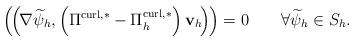
LaTeX: \begin{align*}\left(\kern-.1em\left(\kern-.1em\nabla\widetilde{\psi}_{h},\left( \Pi^{\operatorname*{curl},\ast}-\Pi_{h}^{\operatorname*{curl},\ast}\right) \mathbf{v}_{h}\kern-.1em\right)\kern-.1em\right) =0\qquad\forall\widetilde{\psi}_{h}\in S_{h}. \end{align*}